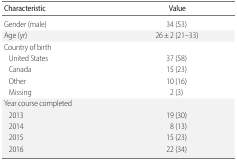
<table><thead><tr><td><b>Characteristic</b></td><td><b>Value</b></td></tr></thead><tbody><tr><td>Gender (male)</td><td>34 (53)</td></tr><tr><td>Age (yr)</td><td>26 ± 2 (21–33)</td></tr><tr><td>Country of birth</td><td></td></tr><tr><td> United States</td><td>37 (58)</td></tr><tr><td> Canada</td><td>15 (23)</td></tr><tr><td> Other</td><td>10 (16)</td></tr><tr><td> Missing</td><td>2 (3)</td></tr><tr><td>Year course completed</td><td></td></tr><tr><td> 2013</td><td>19 (30)</td></tr><tr><td> 2014</td><td>8 (13)</td></tr><tr><td> 2015</td><td>15 (23)</td></tr><tr><td> 2016</td><td>22 (34)</td></tr></tbody></table>